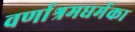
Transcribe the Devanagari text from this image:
वर्णाश्रमधर्मका